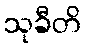
သုခီတိ